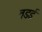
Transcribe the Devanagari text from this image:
वडई